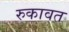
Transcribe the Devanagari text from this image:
रुकावत